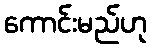
ကောင်းမည်ဟု